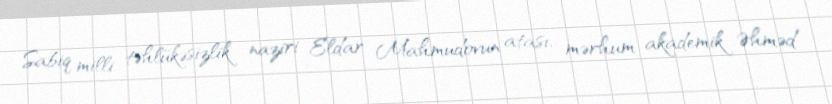
Sabiq milli təhlükəsizlik naziri Eldar Mahmudovun atası, mərhum akademik Əhməd